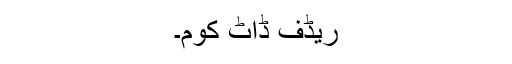
ریڈف ڈاٹ کوم۔